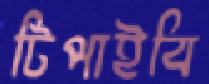
টিপাইবি